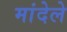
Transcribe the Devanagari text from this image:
मांदेले